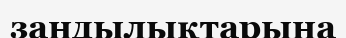
зандылықтарына